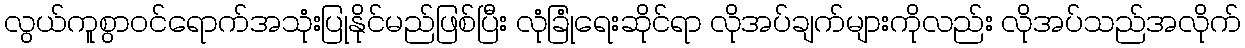
လွယ်ကူစွာ၀င်ရောက်အသုံးပြုနိုင်မည်ဖြစ်ပြီး လုံခြုံရေးဆိုင်ရာ လိုအပ်ချက်များကိုလည်း လိုအပ်သည်အလိုက်